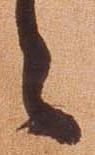
々